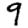
Digit: 9